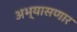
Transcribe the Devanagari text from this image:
अभ्यासणार